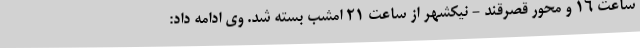
ساعت ۱۶ و محور قصرقند - نیکشهر از ساعت ۲۱ امشب بسته شد. وی ادامه داد: